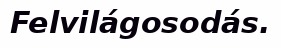
Felvilágosodás.